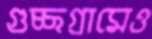
গুচ্ছগ্রামেও